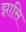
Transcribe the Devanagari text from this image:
झासि